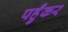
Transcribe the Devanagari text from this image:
पहुँकर